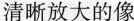
清晰放大的像